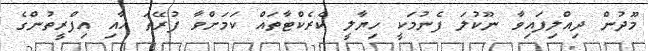
މޫދުން ދިއްލިފައިވާ ނޫކުލަ ފެނުމަކީ ހިޔާލީ ކެރެކްޓާތައް ކަމަށްވާ ފުރޭތަ އާއި އިފްރީތުންގެ